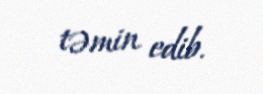
təmin edib.